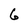
Character: 6